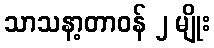
သာသနာ့တာဝန် ၂ မျိုး